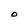
Character: O